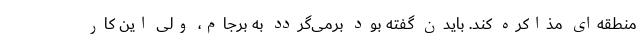
منطقه‌ای مذاکره کند. بایدن گفته بود برمی‌گردد به برجام، ولی این کار